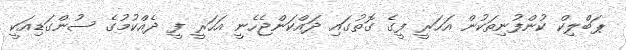
ޕަބްލިކް ކުންފުނިތަކުން އަހަރީ ފީގެ ގޮތުގައި ދައްކަންޖެހެނީ އަހަރީ ފީ ދެއްކުމުގެ ސުންގަޑިއަކީ